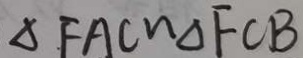
\Delta F A C \sim \Delta F C B